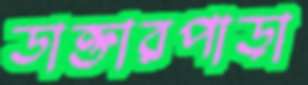
ডাক্তারপাড়া